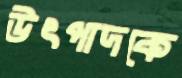
উৎপাদকে